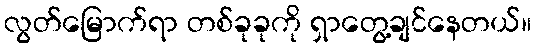
လွတ်မြောက်ရာ တစ်ခုခုကို ရှာတွေ့ချင်နေတယ်။